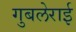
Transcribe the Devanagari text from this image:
गुबलेराई